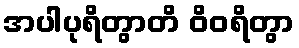
အပါပုရိတွာတိ ဝိဝရိတွာ